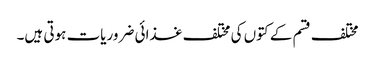
مختلف قسم کے کتوں کی مختلف غذائی ضروریات ہوتی ہیں۔